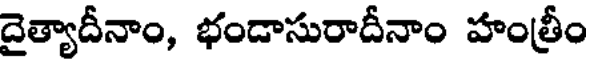
దైత్యాదీనాం, భండాసురాదీనాం హంత్రీం